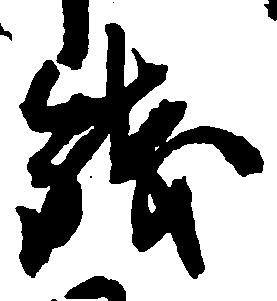
銭